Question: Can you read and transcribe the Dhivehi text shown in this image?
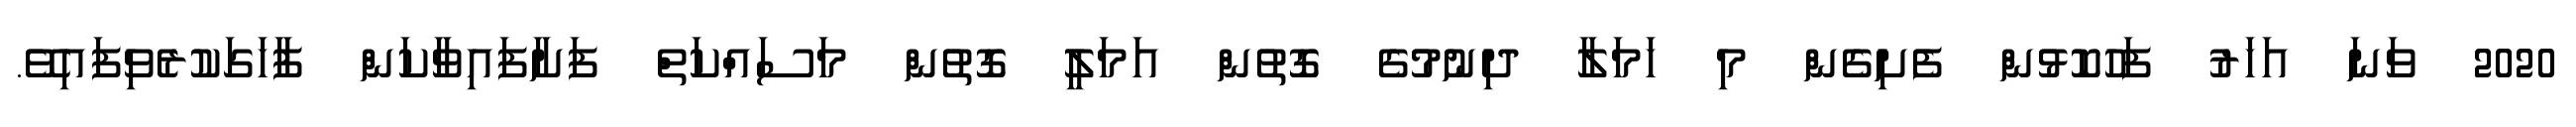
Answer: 2020 ވަނަ އަހަރު ފަހުކޮޅުން ފެށިގެން މި ހަމަލާ ދިނުމުގެ ގޮތުން އަމަލީ ގޮތުން މަސައްކަތް ފަށާފައިވާކަން ފާހަގަކުރެވިފައިވޭ.